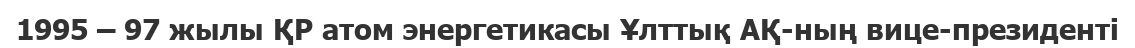
1995 – 97 жылы ҚР атом энергетикасы Ұлттық АҚ-ның вице-президенті